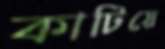
কাটিয়ে